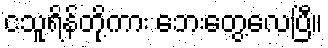
ငသူရိန်တို့ကား ဘေးတွေ့လေပြီ။